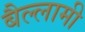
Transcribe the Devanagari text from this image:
बैल्लामी